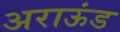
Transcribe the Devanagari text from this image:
अराऊंड